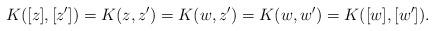
LaTeX: \begin{align*}K([z],[z'])=K(z,z')=K(w,z')=K(w,w')=K([w],[w']).\end{align*}